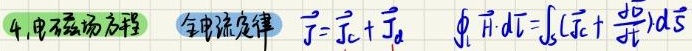
4. 电磁场方程  全电流定律 $\vec{J}=\vec{J}_c + \vec{J}_d$  $\oint_L \vec{H} \cdot d\vec{l} = \int_S (\vec{J}_c + \frac{\partial \vec{D}}{\partial t}) \cdot d\vec{S}$